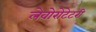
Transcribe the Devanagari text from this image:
लेवोरोटेटरी